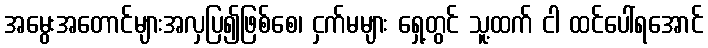
အမွေးအတောင်များအလှပြ၍ဖြစ်စေ၊ ငှက်မများ ရှေ့တွင် သူ့ထက် ငါ ထင်ပေါ်ရအောင်